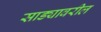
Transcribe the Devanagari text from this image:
साड्यावरील